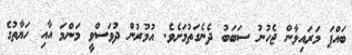
ބައްޕަ މަރައިލާން ޖެހުނު ސަބަބު ދެނެގަތުމަށެވެ. އުމުރުން ދުވަސްވީ މަންމަ އާއި ހަޔާތުގެ